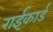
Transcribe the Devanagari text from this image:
राईकार्ड